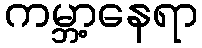
ကမ္ဘာ့နေရာ